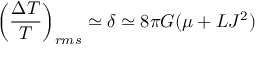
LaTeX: \left( \frac { \Delta T } { T } \right) _ { r m s } \simeq \delta \simeq 8 \pi G ( \mu + L J ^ { 2 } )